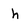
Character: h